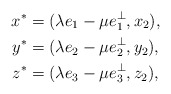
\begin{align*}x^\ast &= (\lambda e_1 - \mu e_1^\perp,x_2),\\y^\ast &= (\lambda e_2 -\mu e_2^\perp,y_2),\\z^\ast &= (\lambda e_3 -\mu e_3^\perp,z_2),\end{align*}